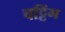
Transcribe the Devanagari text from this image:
चट्टिंग